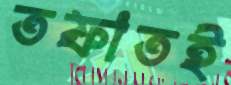
তফাতই